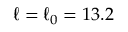
\ell = \ell _ { 0 } = 1 3 . 2